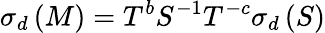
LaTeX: \sigma_{d}\left(M\right)=T^{b}S^{-1}T^{-c}\sigma_{d}\left(S\right)